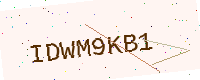
Text: IDWM9KB1